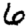
Digit: 6